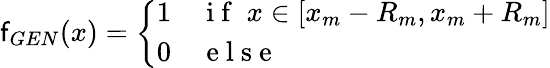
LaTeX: \mathsf{f}_{GEN}(x)=\left\{ \begin{array}{ll}{1}&{\mathrm{~i~f~}\; x\in[x_{m}-R_{m},x_{m}+R_{m}]}\\ {0}&{\mathrm{~e~l~s~e~}}\end{array}\right.